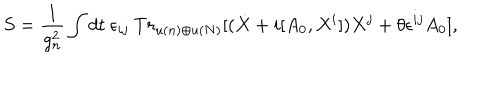
S = \frac { 1 } { g _ { n } ^ { 2 } } \int d t \ \epsilon _ { i j } \ T r _ { u ( n ) \oplus u ( N ) } \lbrack ( \dot { X } + i [ A _ { 0 } , X ^ { i } ] ) X ^ { j } + \theta \epsilon ^ { i j } A _ { 0 } \rbrack ,